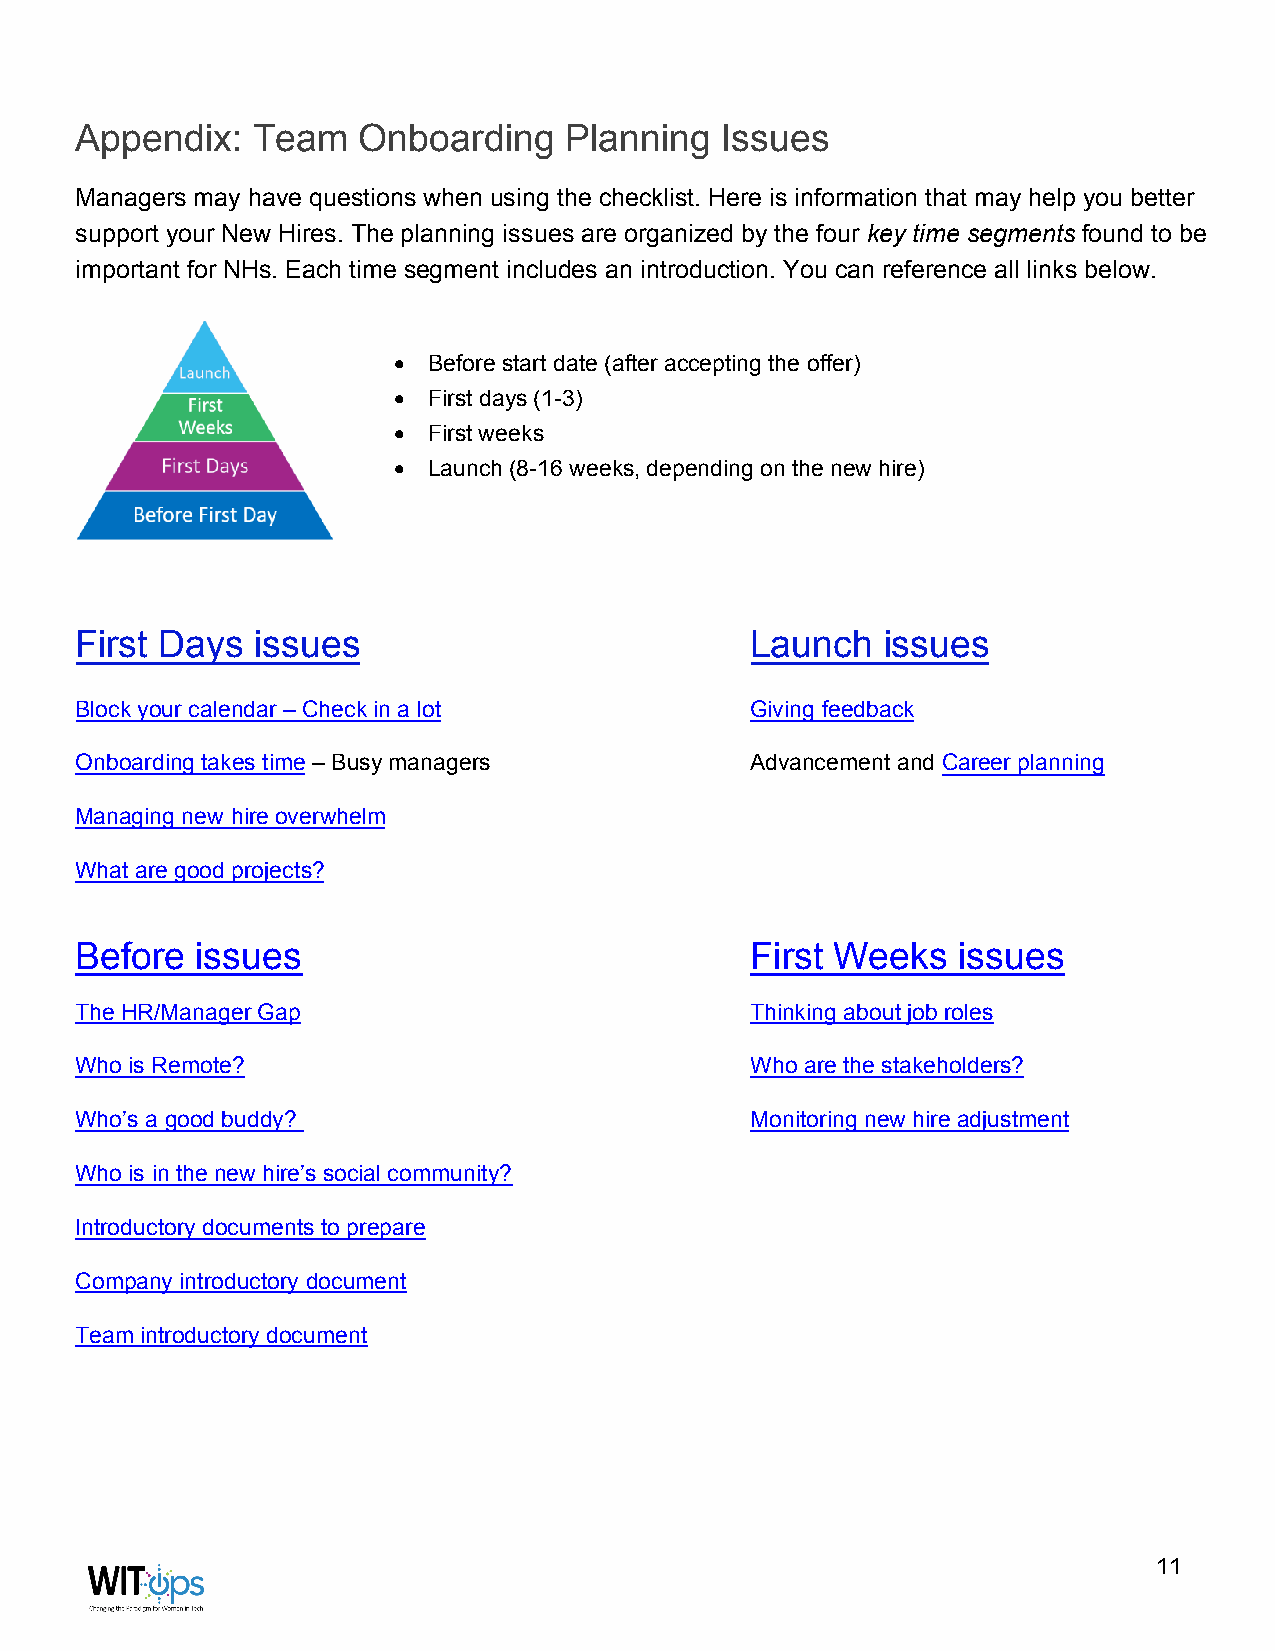
Appendix:   Team   Onboarding   Planning   Issues
 Managers may have questions when using the checklist. Here is information that may help you better
 support your New Hires. The planning issues are organized by the four key time segments found to be
 important for NHs. Each time segment includes an introduction. You can reference all links below.
 • Before start date (after accepting the offer)
 • First days (1-3)
 • First weeks
 • Launch (8-16 weeks, depending on the new hire)
 First Days  issues                           Launch   issues
 Block your calendar – Check in a lot         Giving feedback
 Onboarding takes time – Busy managers        Advancement and Career planning
 Managing new hire overwhelm
 What are good projects?
 Before  issues                               First Weeks  issues
 The HR/Manager Gap                           Thinking about job roles
 Who is Remote?                               Who are the stakeholders?
 Who’s a good buddy?                          Monitoring new hire adjustment
 Who is in the new hire’s social community?
 Introductory documents to prepare
 Company introductory document
 Team introductory document
 11